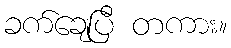
ခက်ချေပြီ တကား။